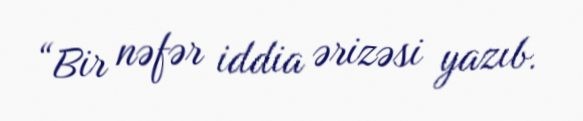
“Bir nəfər iddia ərizəsi yazıb.